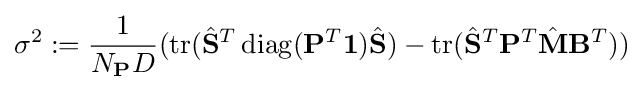
\sigma ^{2}:={\frac {1}{N_{\mathbf {P} }D}}(\operatorname {tr} ({\hat {\mathbf {S} }}^{T}\operatorname {diag} (\mathbf {P} ^{T}\mathbf {1} ){\hat {\mathbf {S} }})-\operatorname {tr} ({\hat {\mathbf {S} }}^{T}\mathbf {P} ^{T}{\hat {\mathbf {M} }}\mathbf {B} ^{T}))